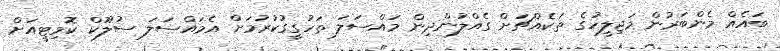
ބައެއް މެންބަރުން މަޖިލީހުގެ ތަކެއްޗަށް ގެއްލުންދިން މައްސަލަ ތަހުގީގުކުރުމަށް އެމައްސަލަ ސުލޫކް ކޮމިޓީއަށް